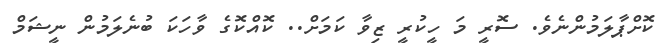
ކޮށްޕާލަމުންނެވެ. ސޮރީ މަ ހީކުރީ ޒިވާ ކަމަށް.. ކޮއްކޮގެ ވާހަކަ ބުނެލަމުން ނީޝަމް